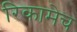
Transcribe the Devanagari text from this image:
रिकामेच